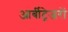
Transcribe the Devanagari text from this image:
आर्बीट्रेजरों